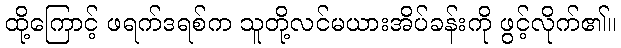
ထို့ကြောင့် ဖရက်ဒရစ်က သူတို့လင်မယားအိပ်ခန်းကို ဖွင့်လိုက်၏။